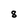
Character: 8